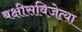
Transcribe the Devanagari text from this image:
बक्षीसविजेत्या